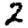
Digit: 2